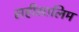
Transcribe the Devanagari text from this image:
सहीसालिम